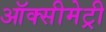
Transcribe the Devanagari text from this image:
ऑक्सीमेट्री